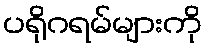
ပရိုဂရမ်များကို